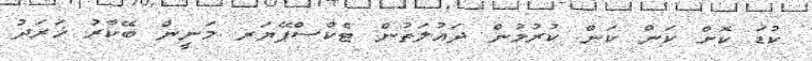
ކުޑަ ކޮށް ކަން ކަން ކުރުމުން ދައުލަތުން ޓެކްސްޕޭޔަރ މަނީން ބޭކާރު ޚަރަދު